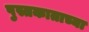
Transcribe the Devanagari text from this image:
पुस्तकाताच्या